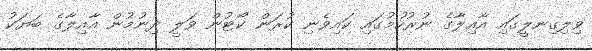
ވިލިގިނލީގައި އާއިލާގެ ނުރުހުމުގައި ކައިވެނި ކުރަން ކޯޓުން ވަލީ ދިނުމުން އާއިލާގެ ބަޔަކު